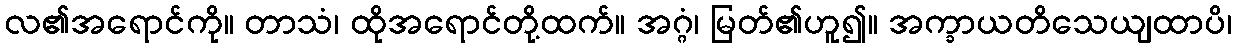
လ၏အရောင်ကို။ တာသံ၊ ထိုအရောင်တို့ထက်။ အဂ္ဂံ၊ မြတ်၏ဟူ၍။ အက္ခာယတိသေယျထာပိ၊